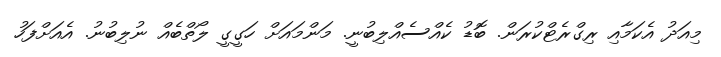
މިއަދު އެކަމާއި ރިގްރެޓްކުރަން. ބޮޑު ކެއްސެއްލިބުނީ. މަންމައަށް ހަގީގީ ލޯތްބެއް ނުލިބުނު. އެއަށްފަހު